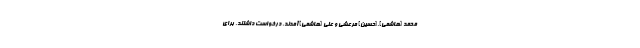
محمد [هاشمی]،[حسین] مرعشى و على [هاشمی] آمدند. درخواست داشتند، براى